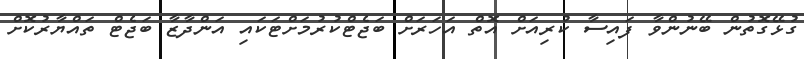
ގުޅޭގޮތުން ބޭނުންވާ ފައިސާ ކުރިއަށް އޮތް އަހަރަށް ބަޖެޓްކުރުމަށްޓަކައި އަންދާޒާ ބަޖެޓް ތައްޔާރުކޮށް